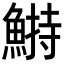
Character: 𩹭